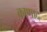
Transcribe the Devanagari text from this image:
काणाद